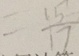
= \frac { 1 5 } { 1 7 }